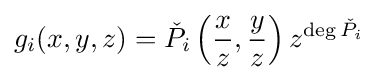
g_{i}(x,y,z)={\check {P}}_{i}\left({\frac {x}{z}},{\frac {y}{z}}\right)z^{\deg {\check {P}}_{i}}